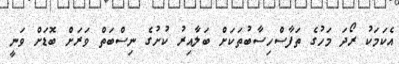
އެކަމަކު ރޯދަ މަހުގެ ތަފާސްހިސާބުތަކަށް ބަލާއިރު ކުށުގެ ނިސްބަތް ވަރަށް ބޮޑަށް ވަނީ